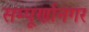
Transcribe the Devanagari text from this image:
सम्पूर्णानगर